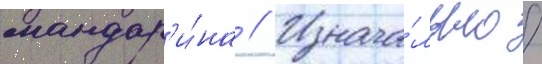
мандар'и́на // Изнача́льно /